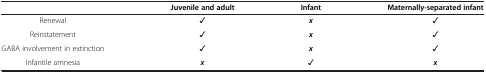
<table><thead><tr><td><b> </b></td><td><b>Juvenile and adult</b></td><td><b>Infant</b></td><td><b>Maternally-separated infant</b></td></tr></thead><tbody><tr><td>Renewal</td><td>✓</td><td><b><i>x</i></b></td><td>✓</td></tr><tr><td>Reinstatement</td><td>✓</td><td><b><i>x</i></b></td><td>✓</td></tr><tr><td>GABA involvement in extinction</td><td>✓</td><td><b><i>x</i></b></td><td>✓</td></tr><tr><td>Infantile amnesia</td><td><b><i>x</i></b></td><td>✓</td><td><b><i>x</i></b></td></tr></tbody></table>